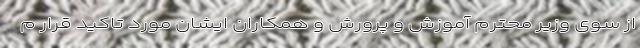
از سوی وزیر محترم آموزش و پرورش و همکاران ایشان مورد تاکید قرار م